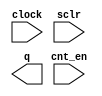
// megafunction wizard: %LPM_COUNTER%VBB%
// GENERATION: STANDARD
// VERSION: WM1.0
// MODULE: lpm_counter 

// ============================================================
// Megafunction Name(s):
// 			lpm_counter
// ============================================================
// ************************************************************
// THIS IS A WIZARD-GENERATED FILE. DO NOT EDIT THIS FILE!
//
// 4.2 Build 178 01/19/2005 SP 1 SJ Web Edition
// ************************************************************

//Copyright (C) 1991-2005 Altera Corporation
//Any  megafunction  design,  and related netlist (encrypted  or  decrypted),
//support information,  device programming or simulation file,  and any other
//associated  documentation or information  provided by  Altera  or a partner
//under  Altera's   Megafunction   Partnership   Program  may  be  used  only
//to program  PLD  devices (but not masked  PLD  devices) from  Altera.   Any
//other  use  of such  megafunction  design,  netlist,  support  information,
//device programming or simulation file,  or any other  related documentation
//or information  is prohibited  for  any  other purpose,  including, but not
//limited to  modification,  reverse engineering,  de-compiling, or use  with
//any other  silicon devices,  unless such use is  explicitly  licensed under
//a separate agreement with  Altera  or a megafunction partner.  Title to the
//intellectual property,  including patents,  copyrights,  trademarks,  trade
//secrets,  or maskworks,  embodied in any such megafunction design, netlist,
//support  information,  device programming or simulation file,  or any other
//related documentation or information provided by  Altera  or a megafunction
//partner, remains with Altera, the megafunction partner, or their respective
//licensors. No other licenses, including any licenses needed under any third
//party's intellectual property, are provided herein.

module count11 (
	clock,
	cnt_en,
	sclr,
	q);

	input	  clock;
	input	  cnt_en;
	input	  sclr;
	output	[10:0]  q;

endmodule

// ============================================================
// CNX file retrieval info
// ============================================================
// Retrieval info: PRIVATE: nBit NUMERIC "11"
// Retrieval info: PRIVATE: Direction NUMERIC "0"
// Retrieval info: PRIVATE: CLK_EN NUMERIC "0"
// Retrieval info: PRIVATE: CNT_EN NUMERIC "1"
// Retrieval info: PRIVATE: ModulusCounter NUMERIC "0"
// Retrieval info: PRIVATE: ModulusValue NUMERIC "0"
// Retrieval info: PRIVATE: CarryIn NUMERIC "0"
// Retrieval info: PRIVATE: CarryOut NUMERIC "0"
// Retrieval info: PRIVATE: SCLR NUMERIC "1"
// Retrieval info: PRIVATE: SLOAD NUMERIC "0"
// Retrieval info: PRIVATE: SSET NUMERIC "0"
// Retrieval info: PRIVATE: SSET_ALL1 NUMERIC "1"
// Retrieval info: PRIVATE: SSETV NUMERIC "0"
// Retrieval info: PRIVATE: ACLR NUMERIC "0"
// Retrieval info: PRIVATE: ALOAD NUMERIC "0"
// Retrieval info: PRIVATE: ASET NUMERIC "0"
// Retrieval info: PRIVATE: ASET_ALL1 NUMERIC "1"
// Retrieval info: PRIVATE: ASETV NUMERIC "0"
// Retrieval info: CONSTANT: LPM_WIDTH NUMERIC "11"
// Retrieval info: CONSTANT: LPM_TYPE STRING "LPM_COUNTER"
// Retrieval info: CONSTANT: LPM_DIRECTION STRING "UP"
// Retrieval info: USED_PORT: clock 0 0 0 0 INPUT NODEFVAL clock
// Retrieval info: USED_PORT: q 0 0 11 0 OUTPUT NODEFVAL q[10..0]
// Retrieval info: USED_PORT: cnt_en 0 0 0 0 INPUT NODEFVAL cnt_en
// Retrieval info: USED_PORT: sclr 0 0 0 0 INPUT NODEFVAL sclr
// Retrieval info: CONNECT: @clock 0 0 0 0 clock 0 0 0 0
// Retrieval info: CONNECT: q 0 0 11 0 @q 0 0 11 0
// Retrieval info: CONNECT: @cnt_en 0 0 0 0 cnt_en 0 0 0 0
// Retrieval info: CONNECT: @sclr 0 0 0 0 sclr 0 0 0 0
// Retrieval info: LIBRARY: lpm lpm.lpm_components.all
// Retrieval info: GEN_FILE: TYPE_NORMAL count11.v TRUE
// Retrieval info: GEN_FILE: TYPE_NORMAL count11.inc FALSE
// Retrieval info: GEN_FILE: TYPE_NORMAL count11.cmp FALSE
// Retrieval info: GEN_FILE: TYPE_NORMAL count11.bsf FALSE
// Retrieval info: GEN_FILE: TYPE_NORMAL count11_inst.v FALSE
// Retrieval info: GEN_FILE: TYPE_NORMAL count11_bb.v TRUE
// Retrieval info: GEN_FILE: TYPE_NORMAL count11_waveforms.html TRUE
// Retrieval info: GEN_FILE: TYPE_NORMAL count11_wave*.jpg FALSE